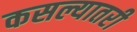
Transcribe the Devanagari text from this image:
कसल्यातरी